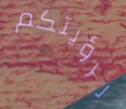
لرؤيتكم